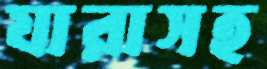
যারাসহ